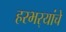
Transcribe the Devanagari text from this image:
हरभर्‍यांचे